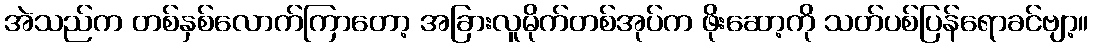
အဲသည်က တစ်နှစ်လောက်ကြာတော့ အခြားလူမိုက်တစ်အုပ်က ဖိုးဆော့ကို သတ်ပစ်ပြန်ရောခင်ဗျာ့။